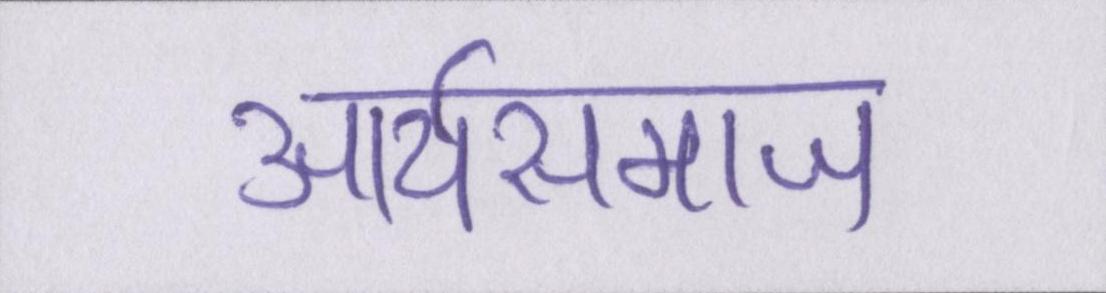
आर्यसमाज